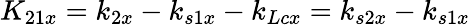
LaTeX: K_{21x}=k_{2x}-k_{s1x}-k_{Lcx}=k_{s2x}-k_{s1x}